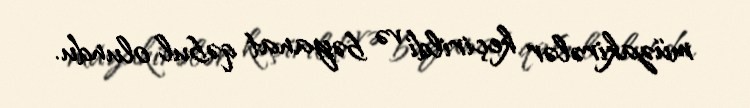
müzakirələr keçirildi və bəyanat qəbul olundu.